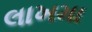
લાખમા